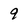
Character: 9